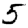
Digit: 5